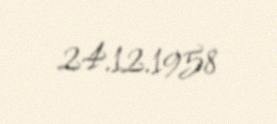
24.12.1958